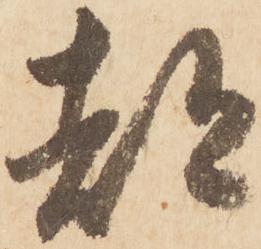
都